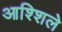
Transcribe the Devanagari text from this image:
आश्शिले